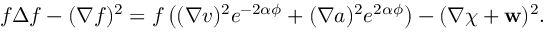
f \Delta f - ( \nabla f ) ^ { 2 } = f \left( ( \nabla v ) ^ { 2 } e ^ { - 2 \alpha \phi } + ( \nabla a ) ^ { 2 } e ^ { 2 \alpha \phi } \right) - ( \nabla \chi + { \bf w } ) ^ { 2 } .